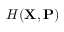
H ( \mathbf { X } , \mathbf { P } )